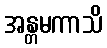
အန္တမကာသိ